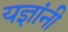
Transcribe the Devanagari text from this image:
यज्ञांनी